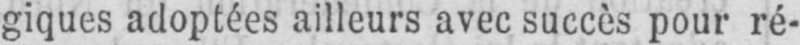
giques adoptées ailleurs avec succès pour ré-